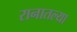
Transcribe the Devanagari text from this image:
रानातल्या